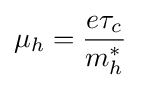
\mu _{h}={\frac {e\tau _{c}}{m_{h}^{*}}}